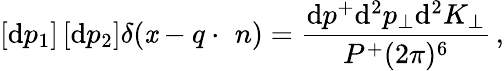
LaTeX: \left[\mathrm{d}p_{1}\right]\left[\mathrm{d}p_{2}\right]\delta(\mathit{x}-q\cdot\, \, n)=\frac{{\mathrm{d}p^{+}\mathrm{d}^{2}p_{\bot}\mathrm{d}^{2}K_{\bot}}}{{P^{+}(2\pi)^{6}}}\, ,